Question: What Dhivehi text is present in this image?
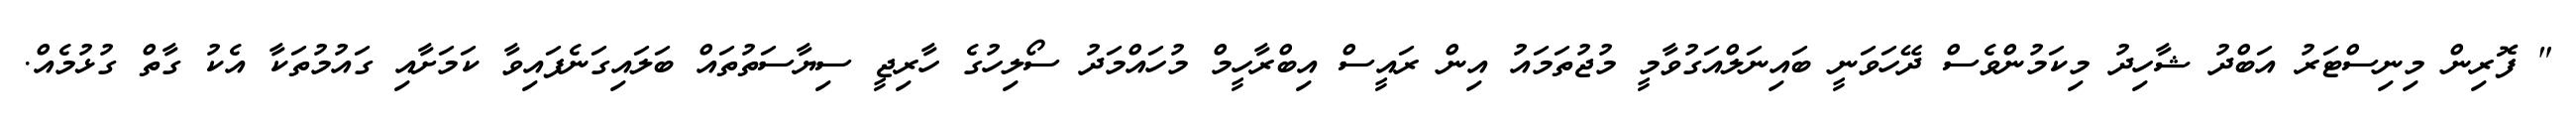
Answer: " ފޮރިން މިނިސްޓަރު އަބްދު ޝާހިދު މިކަމުންވެސް ދޭހަވަނީ ބައިނަލްއަގުވާމީ މުޖުތަމައު އިން ރައީސް އިބްރާހީމް މުހައްމަދު ސޯލިހުގެ ހާރިޖީ ސިޔާސަތުތައް ބަލައިގަނެފައިވާ ކަމަށާއި ގައުމުތަކާ އެކު ގާތް ގުޅުމެއް.